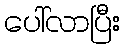
ပေါ်လာပြီး